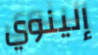
إلينوي